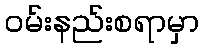
ဝမ်းနည်းစရာမှာ